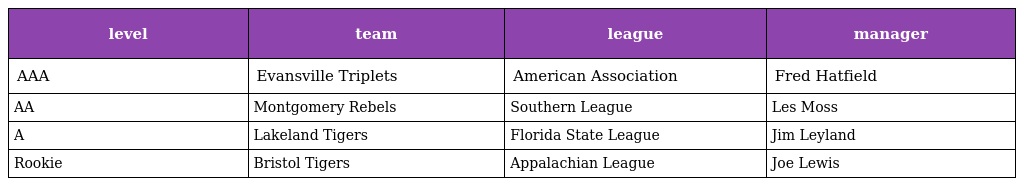
| level | team | league | manager |
 | --- | --- | --- | --- |
 | AAA | Evansville Triplets | American Association | Fred Hatfield |
 | AA | Montgomery Rebels | Southern League | Les Moss |
 | A | Lakeland Tigers | Florida State League | Jim Leyland |
 | Rookie | Bristol Tigers | Appalachian League | Joe Lewis |